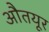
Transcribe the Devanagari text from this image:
औतयूर